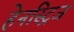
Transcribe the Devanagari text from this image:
हेनस्ट्रिज